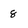
Character: 8